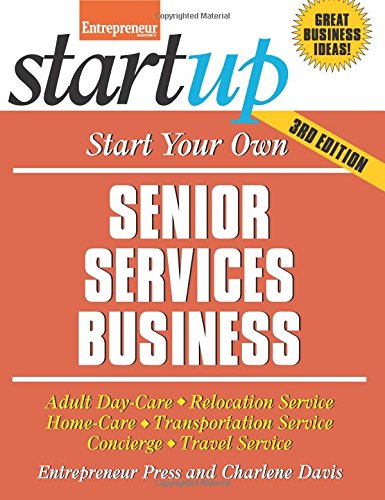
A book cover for Start Your Own Senior Services Business: Adult Day-Care, Relocation Service, Home-Care, Transportation Service, Concierge, Travel Service (StartUp Series); Entrepreneur Press; Travel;